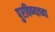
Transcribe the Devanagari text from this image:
पुरविण्याच्या